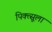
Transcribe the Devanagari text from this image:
पिक्त्सूला